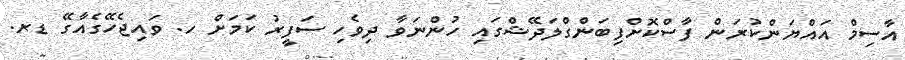
އާސިމް އައްޔަންކުރަން ފާސްކޮށްފިބަންގްލަދޭޝްގައި ހުންނަވާ ދިވެހި ސަފީރު ކަމަށް ހ. ވައިޖެހޭގެއާގޭ ޑރ.